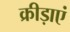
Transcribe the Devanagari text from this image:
क्रीड़ाएं